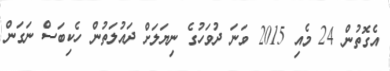
އެގޮތުން 24 މެއި 2015 ވަނަ ދުވަހުގެ ނިޔަލަށް ދައުލަތުން ހެކިބަސް ނަގަން